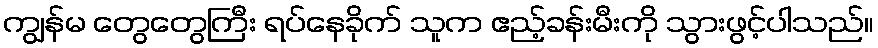
ကျွန်မ တွေတွေကြီး ရပ်နေခိုက် သူက ဧည့်ခန်းမီးကို သွားဖွင့်ပါသည်။